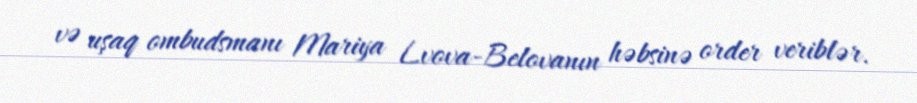
və uşaq ombudsmanı Mariya Lvova-Belovanın həbsinə order veriblər.